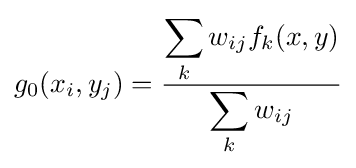
g_{0}(x_{i},y_{j})={\frac {\displaystyle \sum _{k}w_{ij}f_{k}(x,y)}{\displaystyle \sum _{k}w_{ij}}}